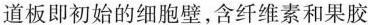
道板即初始的细胞壁，含纤维素和果胶